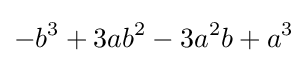
-b^{3}+3ab^{2}-3a^{2}b+a^{3}